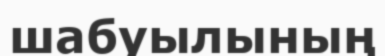
шабуылының